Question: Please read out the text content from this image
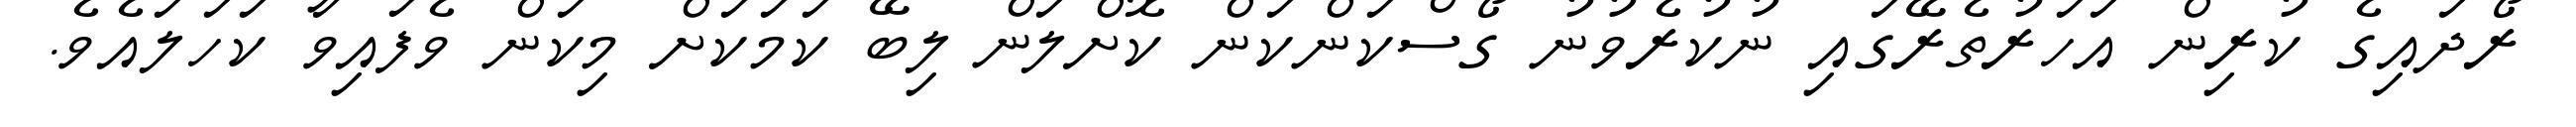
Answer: ރޯދައިގެ ކުރިން އަހަރުތެރޭގައި ނުކުރެވުނު ގޯސްކަންކަން ކޮށްލަން ލިބޭ ކަމަކަށް މިކަން ވެފައިވާ ކަހަލައެވެ.